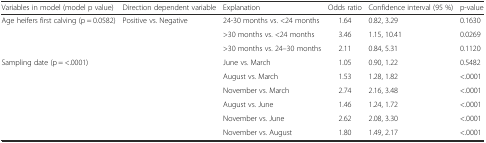
<table><thead><tr><td><b>Variables in model (model p value)</b></td><td><b>Direction dependent variable</b></td><td><b>Explanation</b></td><td><b>Odds ratio</b></td><td><b>Confidence interval (95 %)</b></td><td><b>p-value</b></td></tr></thead><tbody><tr><td rowspan="3">Age heifers first calving (p = 0.0582)</td><td rowspan="3">Positive vs. Negative</td><td>24-30 months vs. &lt;24 months</td><td>1.64</td><td>0.82, 3.29</td><td>0.1630</td></tr><tr><td>&gt;30 months vs. &lt;24 months</td><td>3.46</td><td>1.15, 10.41</td><td>0.0269</td></tr><tr><td>&gt;30 months vs. 24–30 months</td><td>2.11</td><td>0.84, 5.31</td><td>0.1120</td></tr><tr><td rowspan="6">Sampling date (p = &lt;.0001)</td><td rowspan="6"></td><td>June vs. March</td><td>1.05</td><td>0.90, 1.22</td><td>0.5482</td></tr><tr><td>August vs. March</td><td>1.53</td><td>1.28, 1.82</td><td>&lt;.0001</td></tr><tr><td>November vs. March</td><td>2.74</td><td>2.16, 3.48</td><td>&lt;.0001</td></tr><tr><td>August vs. June</td><td>1.46</td><td>1.24, 1.72</td><td>&lt;.0001</td></tr><tr><td>November vs. June</td><td>2.62</td><td>2.08, 3.30</td><td>&lt;.0001</td></tr><tr><td>November vs. August</td><td>1.80</td><td>1.49, 2.17</td><td>&lt;.0001</td></tr></tbody></table>